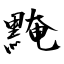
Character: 黤